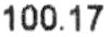
100.17